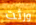
ورثت